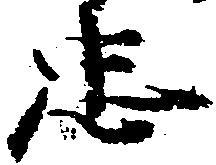
忠